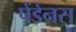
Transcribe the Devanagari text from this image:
पेंडेनस